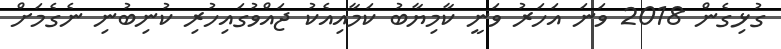
ގުޅިގެން 2018 ވަނަ އަހަރު ވަނީ ކާމިޔާބު ކަމާއިއެކު ޖައްވުގައިހުރި ކުނިބުނި ނެގެމަށް